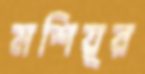
মশিয়ূর